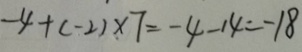
- 4 + ( - 2 ) \times 7 = - 4 - 1 4 = - 1 8